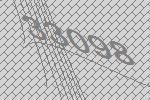
33098